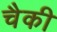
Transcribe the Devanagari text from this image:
चैकी